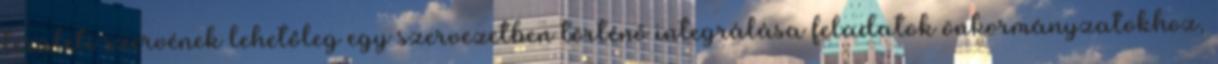
területi szervének lehetőleg egy szervezetben történő integrálása feladatok önkormányzatokhoz,